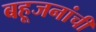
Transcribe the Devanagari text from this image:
बहूजनांची